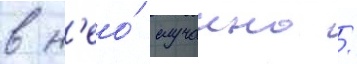
в н'ео́ случаино /